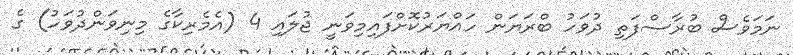
ނަމަވެސް ބުރާސްފަތި ދުވަހު ބްރަޔަން ހައްޔަރުކޮށްފައިމިވަނީ ޖުލައި 4 (އެމެރިކާގެ މިނިވަންދުވަހު) ގެ